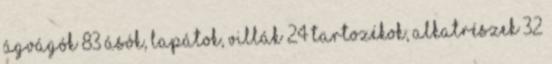
ágvágók 83 Ásók, lapátok, villák 24 Tartozékok, alkatrészek 32